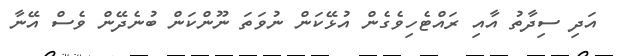
އަދި ސިދާތު އާއި ރައްޓެހިވެގެން އުޅޭކަން ނުވަތަ ނޫންކަން ބުނެދޭން ވެސް އޭނާ